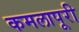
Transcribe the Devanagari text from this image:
कमलापूरी